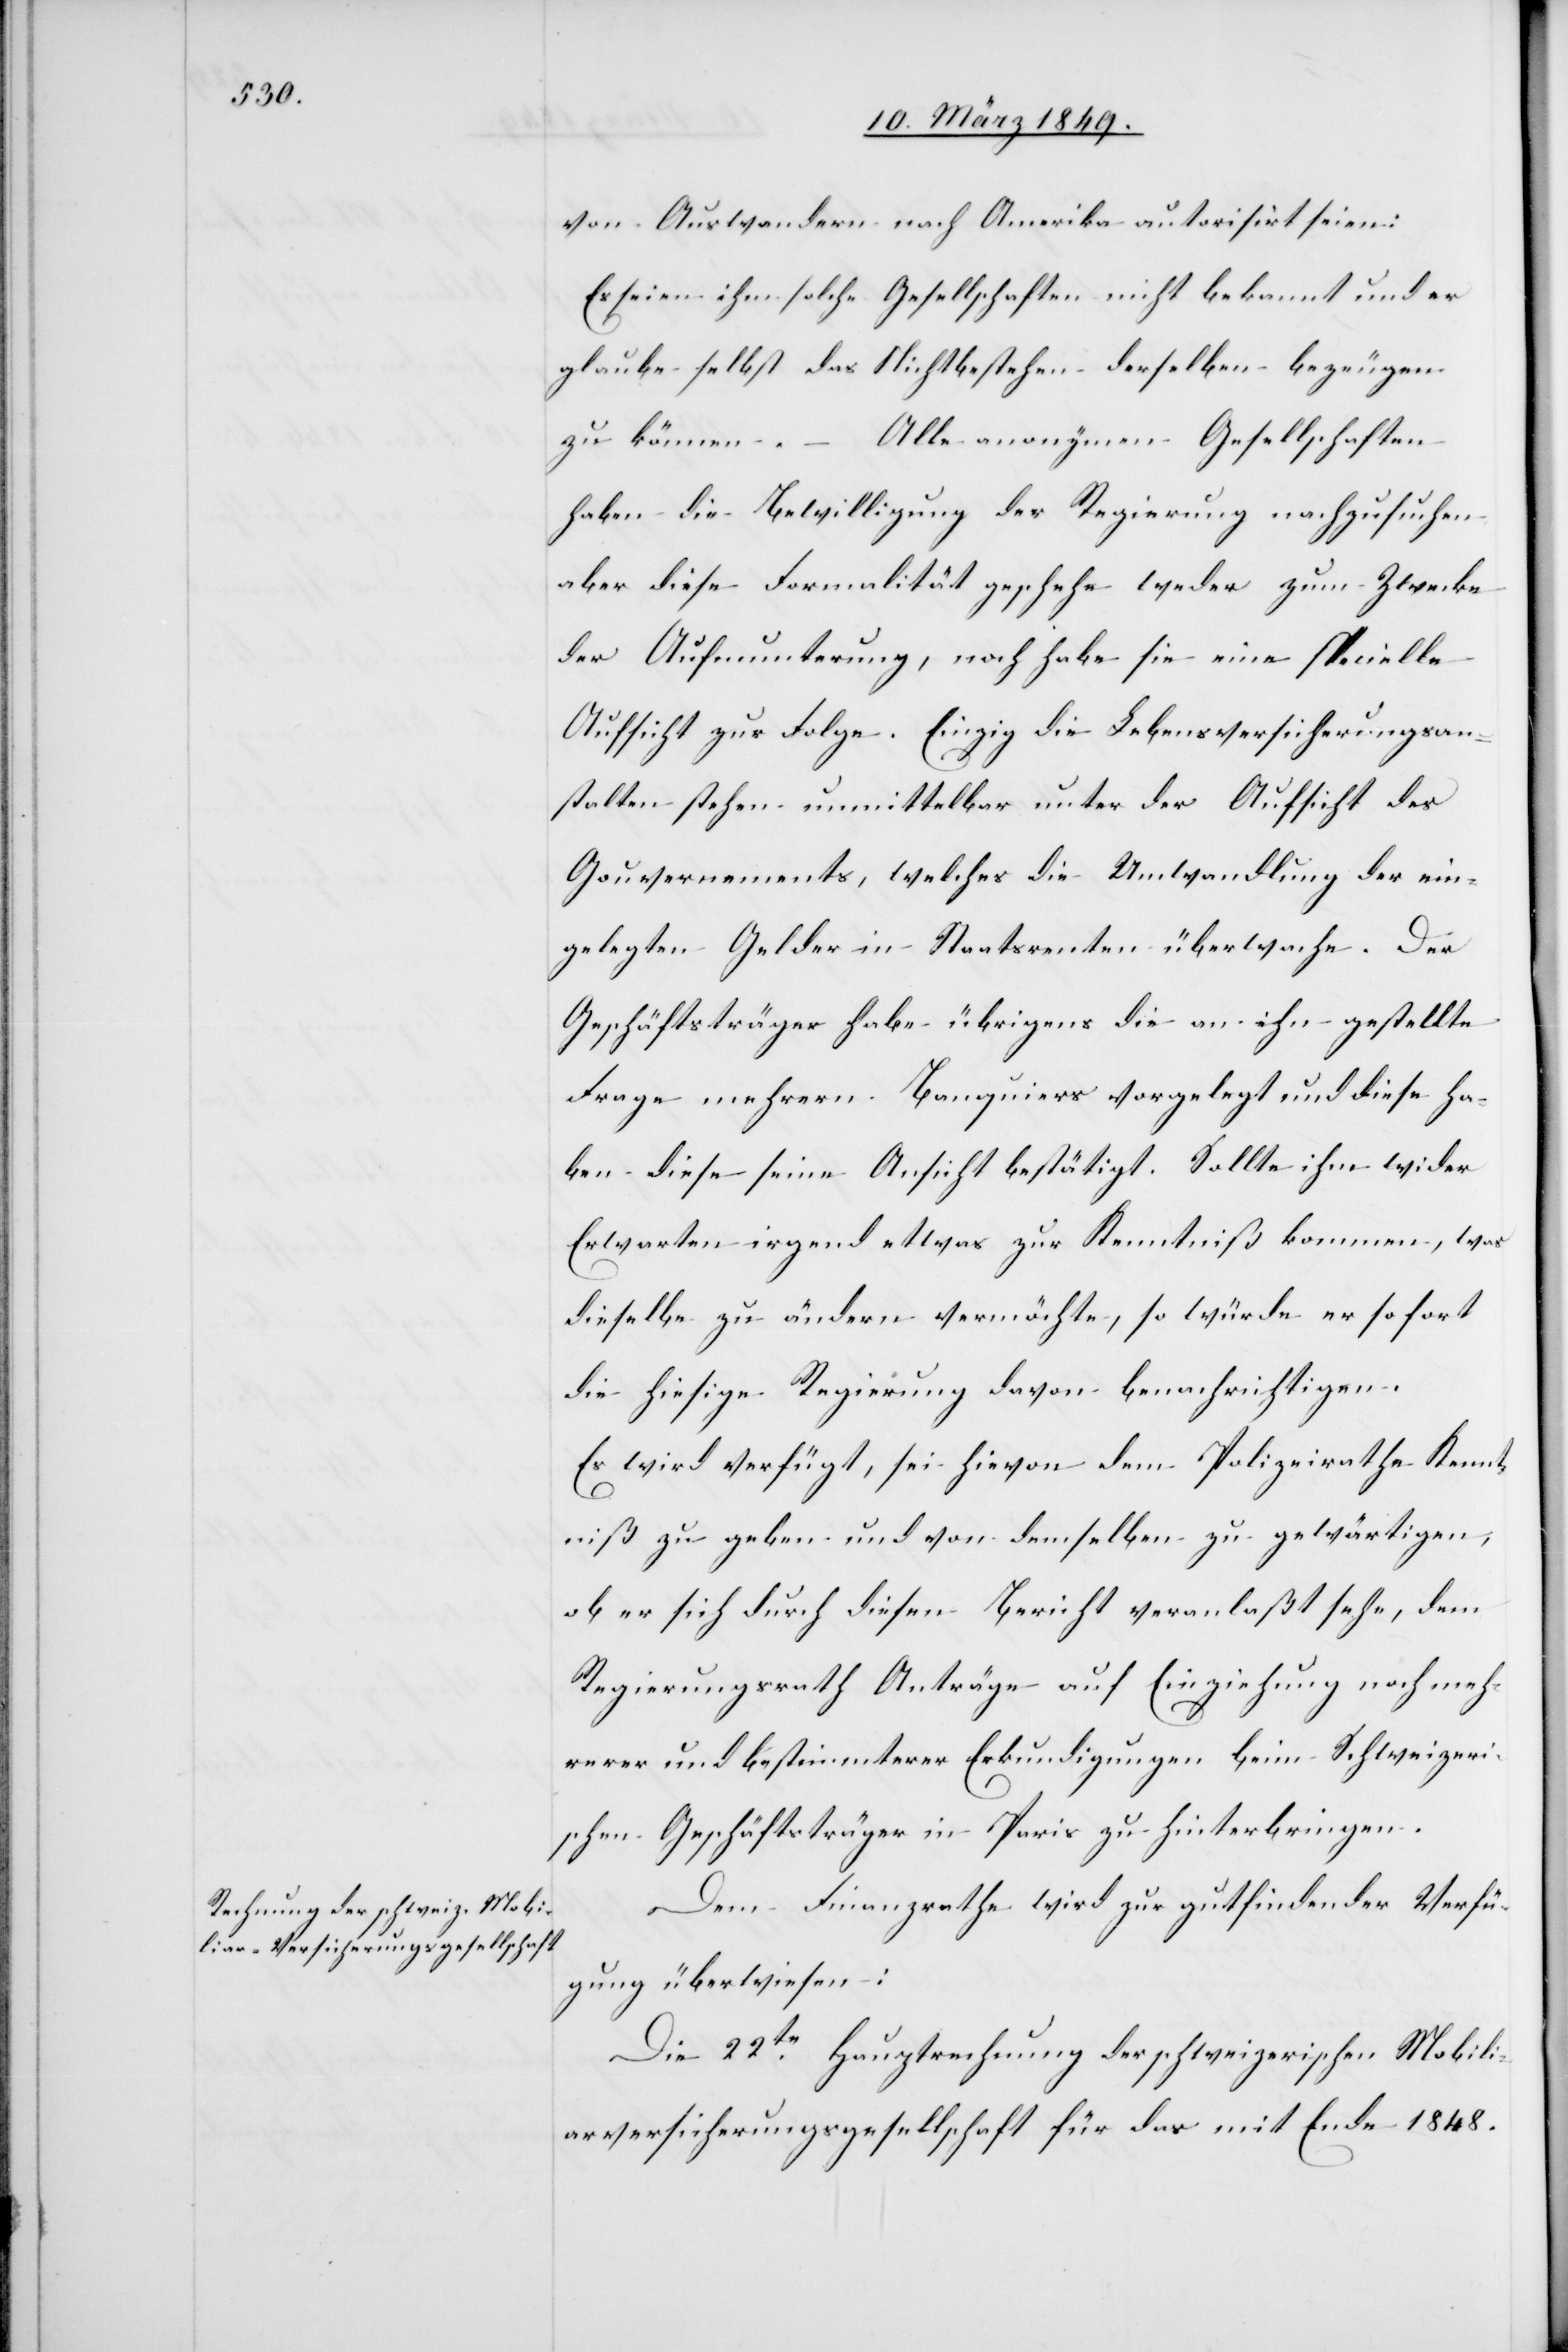
c!] Verfü¬

15. März 1849.]
von Auswandern nach Amerika autorisirt seien:
Es seien ihm solche Gesellschaften nicht bekannt und er
glaube selbst das Nichtbestehen derselben bezeugen
Alle anonymen Gesellschaften
zu können. –
haben die Bewilligung der Regierung nachzusuchen,
aber diese Formalität geschehe weder zum Zwecke
der Aufmunterung, noch habe sie eine specielle
Aufsicht zur Folge. Einzig die Lebensversicherungsan¬
stalten stehen unmittelbar unter der Aufsicht des
Gouvernements, welches die Umwandlung der ein¬
gelegten Gelder in Staatsrenten überwache. Der
Geschäftsträger habe übrigens die an ihn gestellte
Frage mehrern Banquiers vorgelegt und diese ha¬
ben diese seine Ansicht bestätigt. Sollte ihm wider
Erwarten irgend etwas zur Kenntniß kommen, was
dieselbe zu ändern vermöchte, so würde er sofort
die hiesige Regierung davon benachrichtigen.
Es wird verfügt, sei hievon dem Polizeirathe Kennt¬
niß zu geben und von demselben zu gewärtigen,
ob er sich durch diesen Bericht veranlaßt sehe, dem
Regierungsrath Anträge auf Einziehung noch meh¬
rerer und bestimmterer Erkundigungen beim Schweizeri¬
schen Geschäftsträger in Paris zu hinterbringen.
Dem Finanzrathe wird zur gutfindender [si¬
gung überwiesen:
Die 22te. Hauptrechnung der schweizerischen Mobili¬
arversicherungsgesellschaft für das mit Ende 1848.